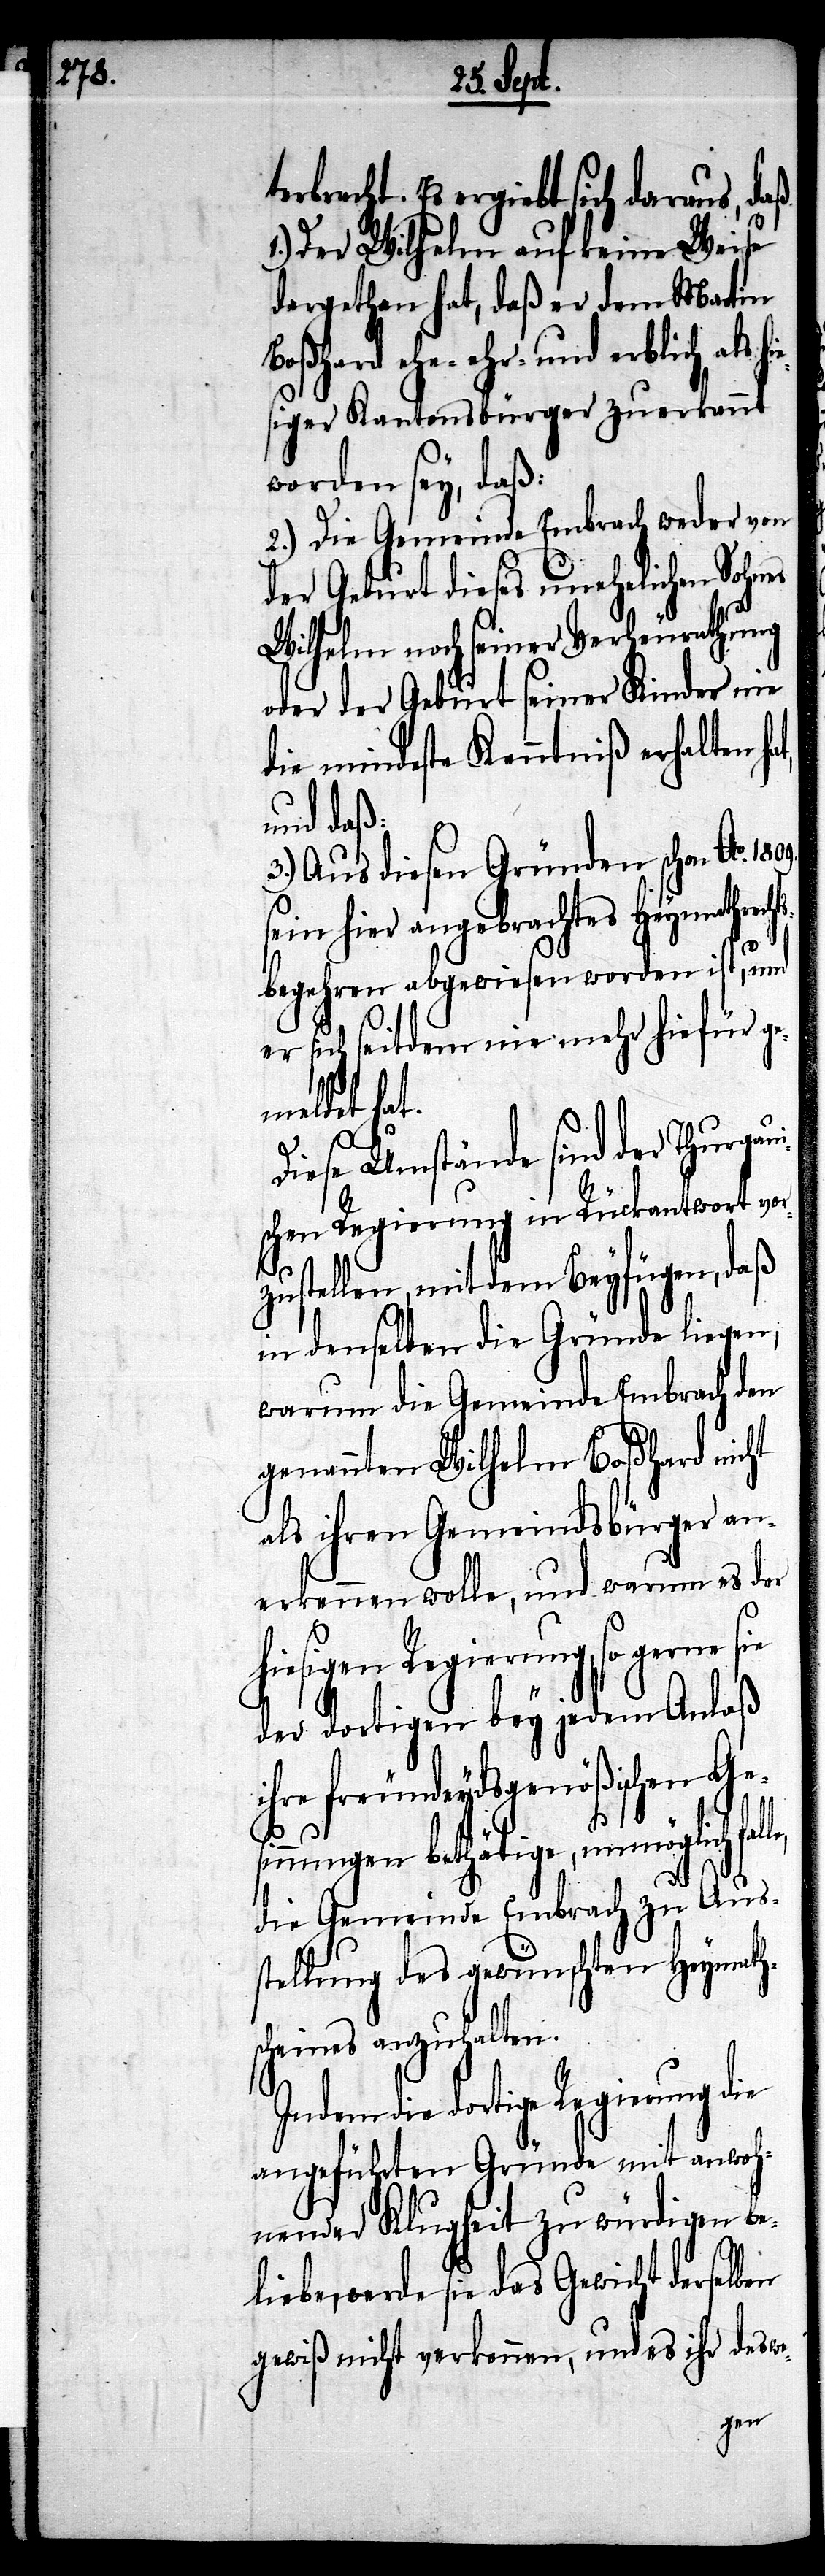
ergiebt sich daraus, daß
1.) Der Wilhelm auf keine Weise
dargethan hat, daß er dem Martin
ehr- und erblich als hies¬
iger Kantonsbürger zuerkannt
worden sey, daß:
2.) Die Gemeinde Embrach weder von
der Geburt dieses unehelichen Sohnes
Wilhem nach seiner Verheurathung
oder der Geburt seiner Kinder wie
die mindeste Kenntniß erhalten
und daß:
3.) Aus diesen Gründen schon Ao.
sein hier angebrachtes Heymathrech¬
tsbegehren abgewiesen worden ist, und
sich seitdem nie mehr hiefür ge¬
meldet hat.
Diese Umstände sind der Thurgau¬
ischen Regierung in Rückantwort vor¬
zustellen, mit dem Beyfügen, daß
in denselben die Gründe liegen,
warum die Gemeinde Embrach den
genannten Wilhelm Boßhard nicht
als ihren Gemeindsbürger an¬
erkennen wolle, und warum es der
hiesigen Regierung, so gerne sie
der dortigen bey jedem Anlaß
ihre freundeydsgenößischen Gesi¬
nnungen bethätige, unmöglich
die Gemeinde Embrach zu Auss¬
tellung des gewünschten Heymath¬
scheines anzuhalten.
Indem die dortige Regierung die
angeführten Gründe mit anwoh¬
nender Klugheit zu würdigen be¬
liebe, werde sie das Gewicht derselben
gewiß nicht verkennen, und es ihr deswe-